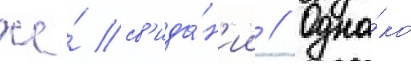
же́ св'ида́н'ии // Одна́ко